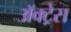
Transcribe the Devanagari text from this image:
ॲक्ट्रेस